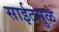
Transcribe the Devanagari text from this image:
साईटमुळे